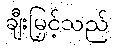
ချီးမြှင့်သည်